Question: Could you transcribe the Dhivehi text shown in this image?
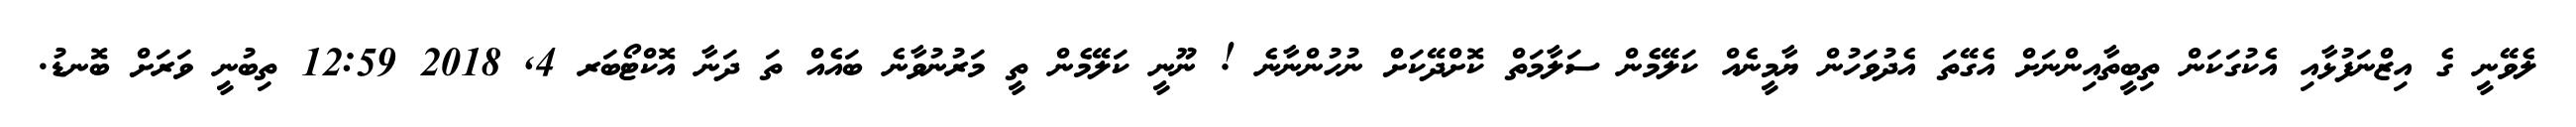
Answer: ލެވޭނީ ގެ އިޒްނަފުޅާއި އެކުގަކަން ތިބީތާއިންނަށް އެގޭތަ އެދުވަހުން ޔާމީނެއް ކަލޭމެން ސަލާމަތް ކޮށްދޭކަށް ނުހުންނާނެ ! ނޫނީ ކަލޭމެން ތީ މަރުނުވާނެ ބައެއް ތަ ދަނާ އޮކްޓޯބަރ 4, 2018 12:59 ތިބުނީ ވަރަށް ބޮނޑު.